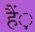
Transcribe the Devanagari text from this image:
हैं़